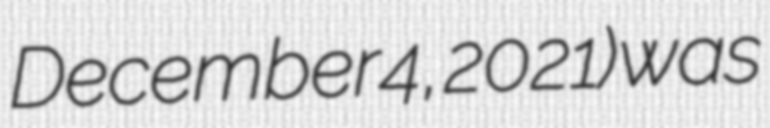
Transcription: December 4, 2021) was